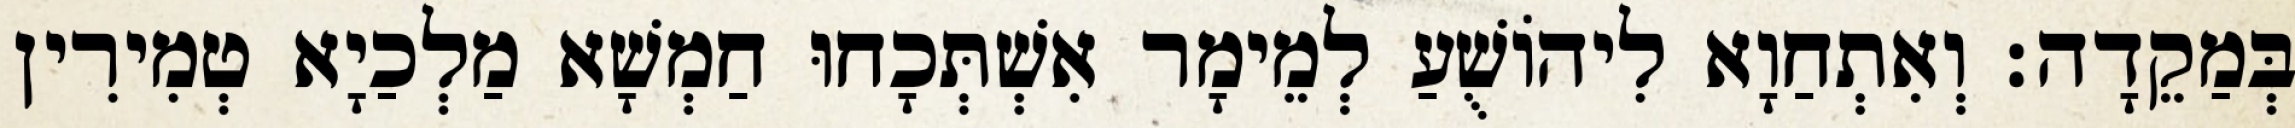
בְּמַקֵדָה׃ וְאִתְחַוָא לִיהוֹשֻׁעַ לְמֵימָר אִשְׁתְּכָחוּ חַמְשָׁא מַלְכַיָא טְמִירִין